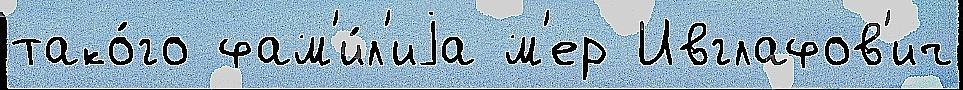
тако́го фам'и́л'иjа м'ер Ивглафов'ич